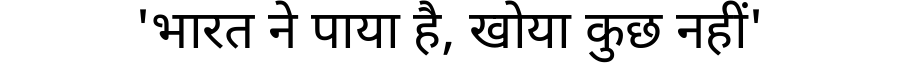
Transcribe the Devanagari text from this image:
'भारत ने पाया है, खोया कुछ नहीं'